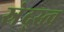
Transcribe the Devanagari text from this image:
स्रेद्स्त्व